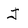
Character: J